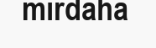
mirdaha